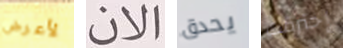
لأعرض الان يحدق إحترقت